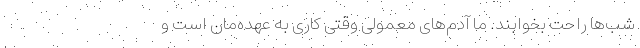
شب‌ها راحت بخوابند. ما آدم‌های معمولی وقتی کاری به عهده‌مان است و